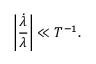
\left| \frac { \dot { \lambda } } { \lambda } \right| \ll T ^ { - 1 } .